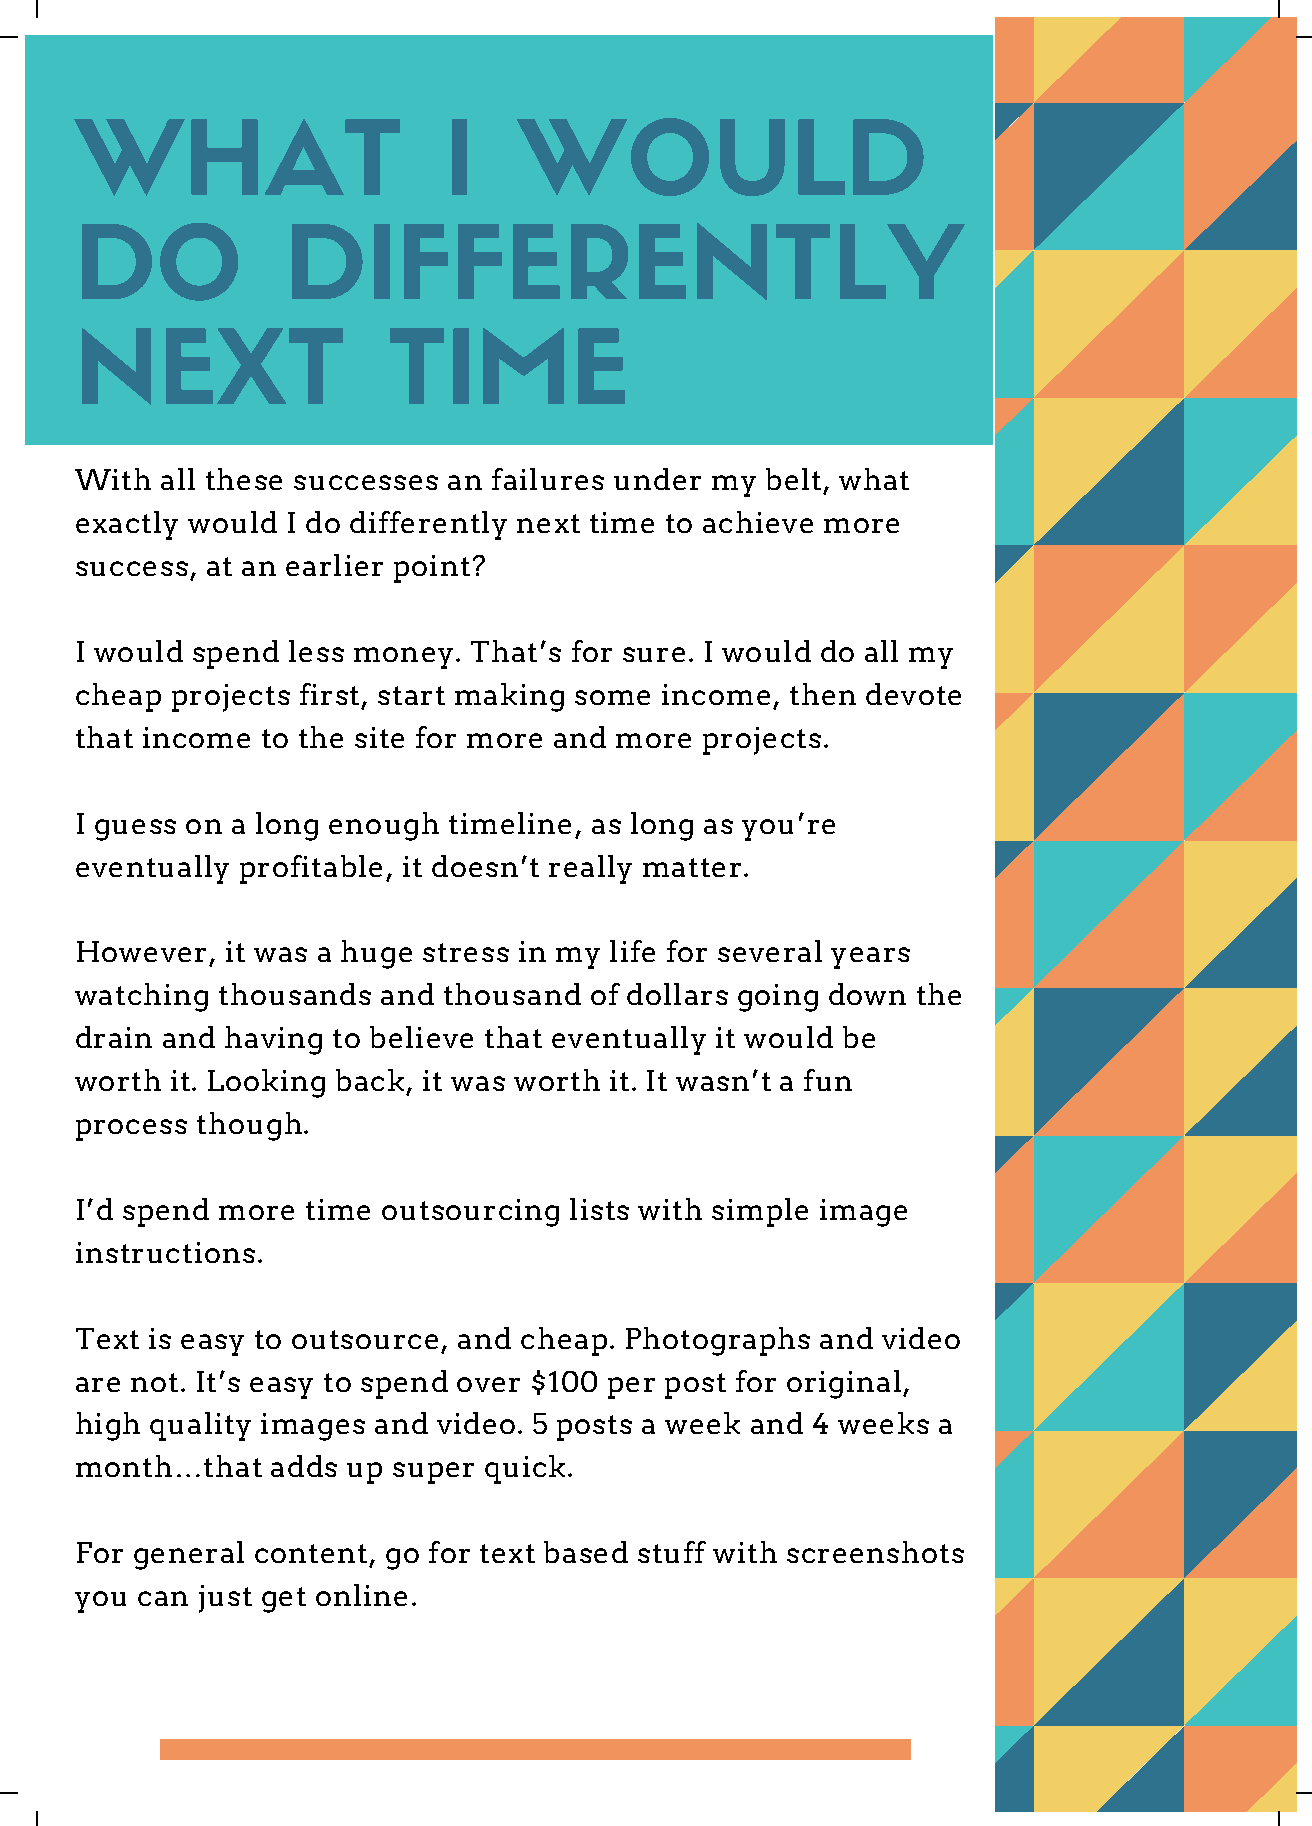
WHAT                    I    WOULD
 DO            DIFFERENTLY
 NEXT                 TIME
 With  all these successes an failures under my belt, what
 exactly would I do differently next time to achieve more
 success, at an earlier point?
 I would spend less money. That’s for sure. I would do all my
 cheap projects first, start making some income, then devote
 that income to the site for more and more projects.
 I guess on a long enough timeline, as long as you’re
 eventually profitable, it doesn’t really matter.
 However,  it was a huge stress in my life for several years
 watching thousands  and thousand  of dollars going down the
 drain and having to believe that eventually it would be
 worth it. Looking back, it was worth it. It wasn’t a fun
 process though.
 I’d spend more time outsourcing  lists with simple image
 instructions.
 Text is easy to outsource, and cheap. Photographs and video
 are not. It’s easy to spend over $100 per post for original,
 high quality images and video. 5 posts a week and 4 weeks a
 month…that   adds up super quick.
 For general content, go for text based stuff with screenshots
 you can just get online.